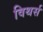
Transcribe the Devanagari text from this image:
विथर्स